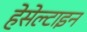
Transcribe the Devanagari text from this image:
हेसेल्टाइन